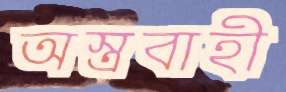
অস্ত্রবাহী